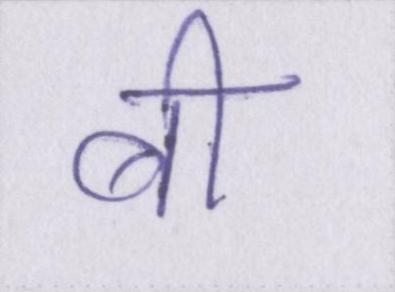
बी